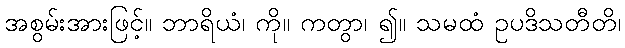
အစွမ်းအားဖြင့်။ ဘာရိယံ၊ ကို။ ကတွာ၊ ၍။ သမထံ ဥပဒိသတီတိ၊